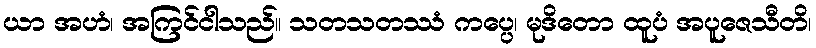
ယာ အဟံ၊ အကြင်ငါသည်။ သတသတဿံ ကပ္ပေ၊ မုဒိတော ထူပံ အပူဇေသီတိ၊